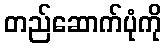
တည်ဆောက်ပုံကို